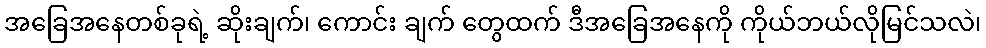
အခြေအနေတစ်ခုရဲ့ ဆိုးချက်၊ ကောင်း ချက် တွေထက် ဒီအခြေအနေကို ကိုယ်ဘယ်လိုမြင်သလဲ၊